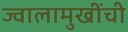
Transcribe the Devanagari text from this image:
ज्वालामुखींची